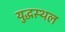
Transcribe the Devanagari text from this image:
युद्धस्‍थल